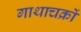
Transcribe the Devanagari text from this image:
गाथाचक्रों